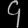
Digit: ၄